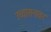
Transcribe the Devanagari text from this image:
उच्चासनावर